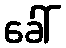
ခေါ်